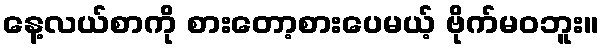
နေ့လယ်စာကို စားတော့စားပေမယ့် ဗိုက်မဝဘူး။